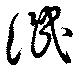
譏